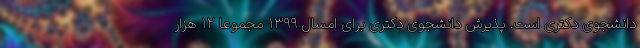
دانشجوی دکتری است. پذیرش دانشجوی دکتری برای امسال ۱۳۹۹ مجموعا ۱۲ هزار